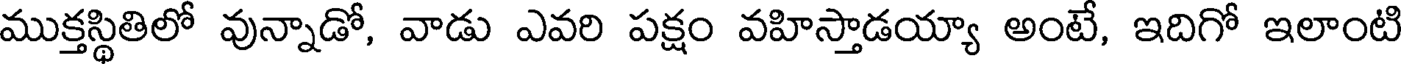
ముక్తస్థితిలో వున్నాడో, వాడు ఎవరి పక్షం వహిస్తాడయ్యా అంటే, ఇదిగో ఇలాంటి